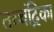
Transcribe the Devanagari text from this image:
तच्‍चंद्रिका